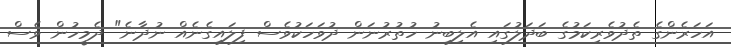
އަހަރެންގެ ތެދުވެރިކަމުގެ ބަދަލުގައި އެލިބިނު ހުތުރުނަން ދުވަހަކުވެސް ފިލައިގެނެއް ނުދާނެ" ދެމީހުން ވެސް